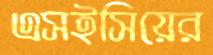
এসইসিয়ের